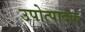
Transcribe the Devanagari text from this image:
उपोत्पादक